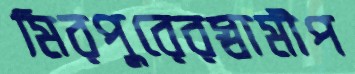
মিরপুরেরস্বামীপ